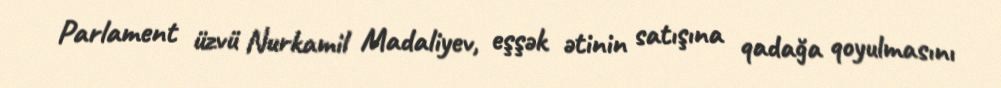
Parlament üzvü Nurkamil Madaliyev, eşşək ətinin satışına qadağa qoyulmasını